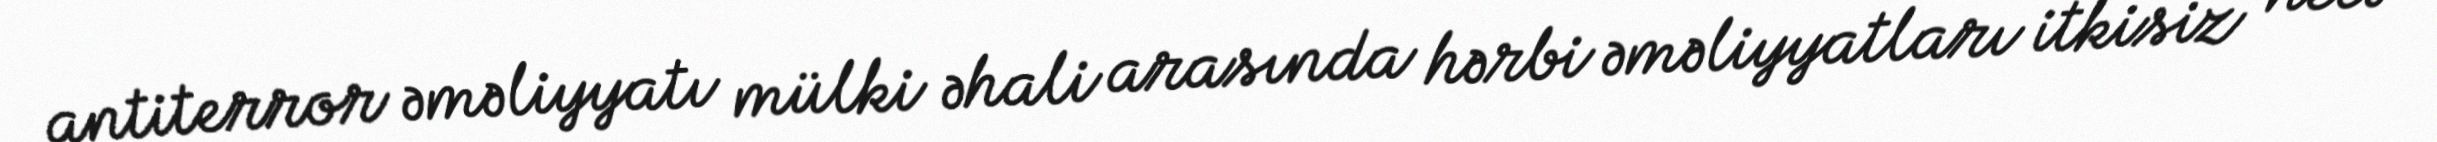
antiterror əməliyyatı mülki əhali arasında hərbi əməliyyatları itkisiz necə